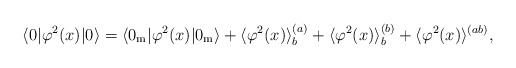
\begin{align*}\langle 0|\varphi ^{2}(x)|0\rangle =\langle0_{{\mathrm{m}}}|\varphi ^{2}(x)|0_{{\mathrm{m}}}\rangle +\langle\varphi ^{2}(x)\rangle _b^{(a)} + \langle \varphi ^{2}(x)\rangle_b^{(b)}+\langle \varphi ^{2}(x)\rangle ^{(ab)},\end{align*}